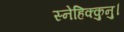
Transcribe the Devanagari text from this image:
स्नेहिक्कुनु।